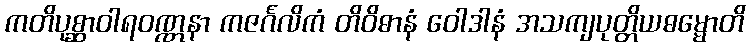
ကတိပုစ္ဆာဝါရဝဏ္ဏနာ ကဇင်္ဂလိကံ တိဝိဓာနံ ဝေါဒါနံ အသကျပုတ္တိယဓမ္မောတိ